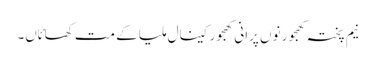
نیم پختہ کھجور نو‏‏ں پرانی کھجور کینال ملیا ک‏ے مت کھائاں۔